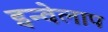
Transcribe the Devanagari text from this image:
इन्वेलाप